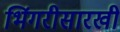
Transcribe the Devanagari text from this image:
भिंगरीसारखी